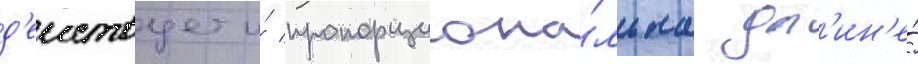
д'еиствует и́ пропорциона́льна дл'ин'е́